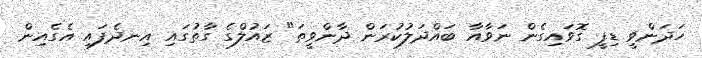
ހަދަންވީ ޑިފީ ގޮވައިގެން ނަވާއާ ބައްދަލުކުރަން ދާންވީތަ" ޒައުލްގެ ގާތުގައި އިނދެފައި އެގެއިން